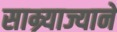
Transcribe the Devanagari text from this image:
साम्र्याज्याने